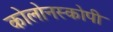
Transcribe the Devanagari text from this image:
कोलोनस्कोपी